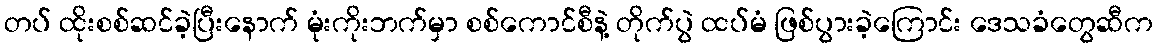
တပ် ထိုးစစ်ဆင်ခဲ့ပြီးနောက် မုံးကိုးဘက်မှာ စစ်ကောင်စီနဲ့ တိုက်ပွဲ ထပ်မံ ဖြစ်ပွားခဲ့ကြောင်း ဒေသခံတွေဆီက